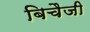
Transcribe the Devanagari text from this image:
बिचैजी